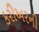
કરીઅરની